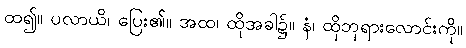
ထ၍။ ပလာယိ၊ ပြေး၏။ အထ၊ ထိုအခါ၌။ နံ၊ ထိုဘုရားလောင်းကို။